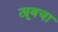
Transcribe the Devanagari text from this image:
ट्यूबचा